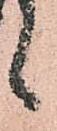
候